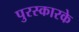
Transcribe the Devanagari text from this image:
पुरस्कारके